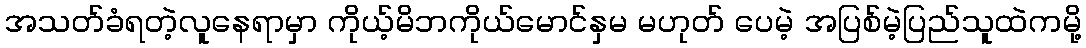
အသတ်ခံရတဲ့လူနေရာမှာ ကိုယ့်မိဘကိုယ်မောင်နှမ မဟုတ် ပေမဲ့ အပြစ်မဲ့ပြည်သူထဲကမို့